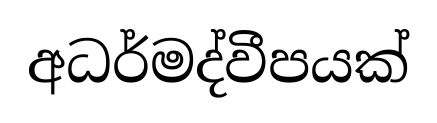
අධර්මද්වීපයක්